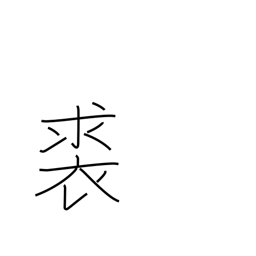
Meaning: leather clothing